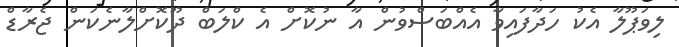
ލިވަޕޫލާ އެކު ހަދާފައިވާ އެއްބަސްވުން އާ ނުކޮށް އެ ކްލަބް ދޫކޮށްލާނެކަން ޖެރާޑް